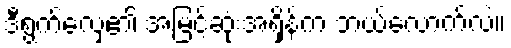
ဒီရွက်လှေ၏ အမြင့်ဆုံးအရှိန်က ဘယ်လောက်လဲ။